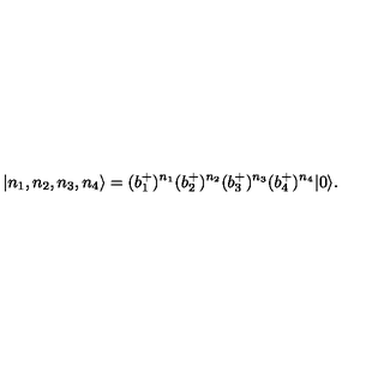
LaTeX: \left| n _ { 1 } , n _ { 2 } , n _ { 3 } , n _ { 4 } \right\rangle = ( b _ { 1 } ^ { + } ) ^ { n _ { 1 } } ( b _ { 2 } ^ { + } ) ^ { n _ { 2 } } ( b _ { 3 } ^ { + } ) ^ { n _ { 3 } } ( b _ { 4 } ^ { + } ) ^ { n _ { 4 } } | 0 \rangle .